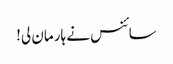
سائنس نے ہار مان لی!